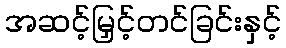
အဆင့်မြှင့်တင်ခြင်းနှင့်